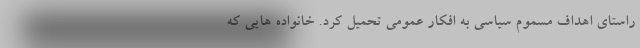
راستای اهداف مسموم سیاسی به افکار عمومی تحمیل کرد. خانواده هایی که